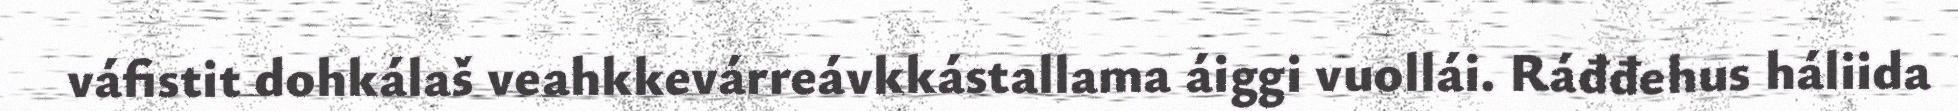
váfistit dohkálaš veahkkevárreávkkástallama áiggi vuollái. Ráđđehus háliida